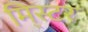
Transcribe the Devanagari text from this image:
मि्स्टर